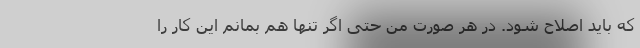
که باید اصلاح شود. در هر صورت من حتی اگر تنها هم بمانم این کار را